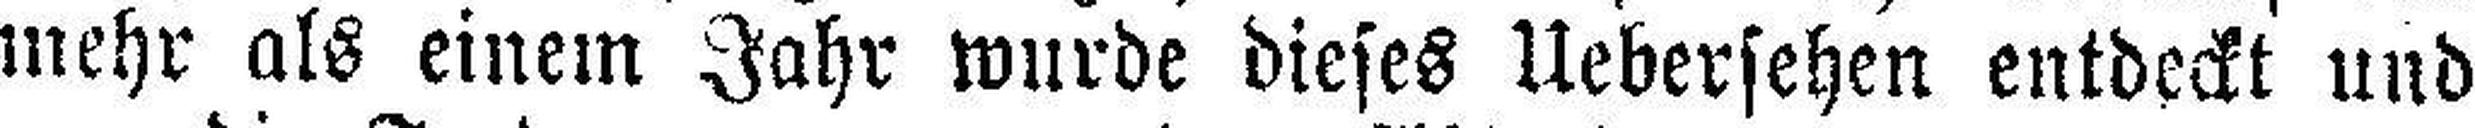
mehr als einem Jahr wurde dieses Uebersehen entdeckt und